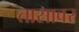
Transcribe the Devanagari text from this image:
तासावर